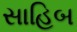
સાહિબ